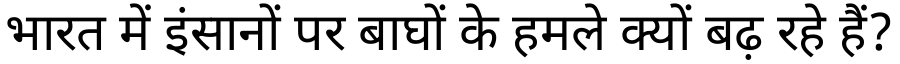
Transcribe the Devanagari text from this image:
भारत में इंसानों पर बाघों के हमले क्यों बढ़ रहे हैं?